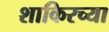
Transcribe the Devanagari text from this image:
शाकिरच्या